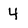
Character: 4